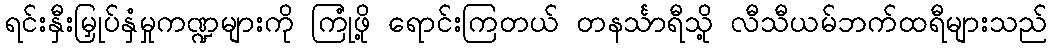
ရင်းနှီးမြှုပ်နှံမှုကဏ္ဍများကို ကြုံဖို့ ရောင်းကြတယ် တနင်္သာရီသို့ လီသီယမ်ဘက်ထရီများသည်